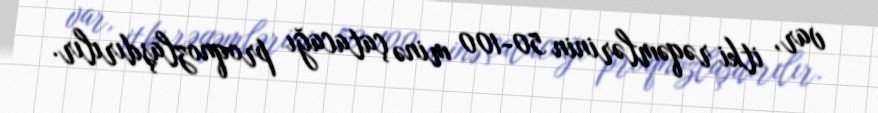
var, itki rəqəmlərinin 50-100 minə çatacağı proqnozlaşdırılır.